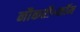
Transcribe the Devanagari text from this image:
नौकरी॰कॉम